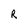
Character: R